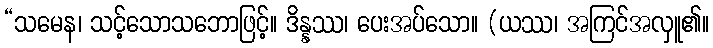
“သမေန၊ သင့်သောသဘောဖြင့်။ ဒိန္နဿ၊ ပေးအပ်သော။ (ယဿ၊ အကြင်အလှူ၏။